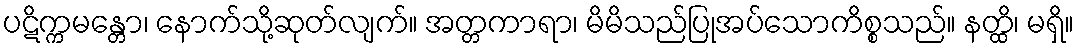
ပဋိက္ကမန္တော၊ နောက်သို့ဆုတ်လျက်။ အတ္တကာရာ၊ မိမိသည်ပြုအပ်သောကိစ္စသည်။ နတ္ထိ၊ မရှိ။